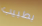
بطبيب